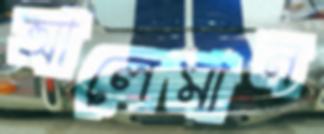
আলেমান